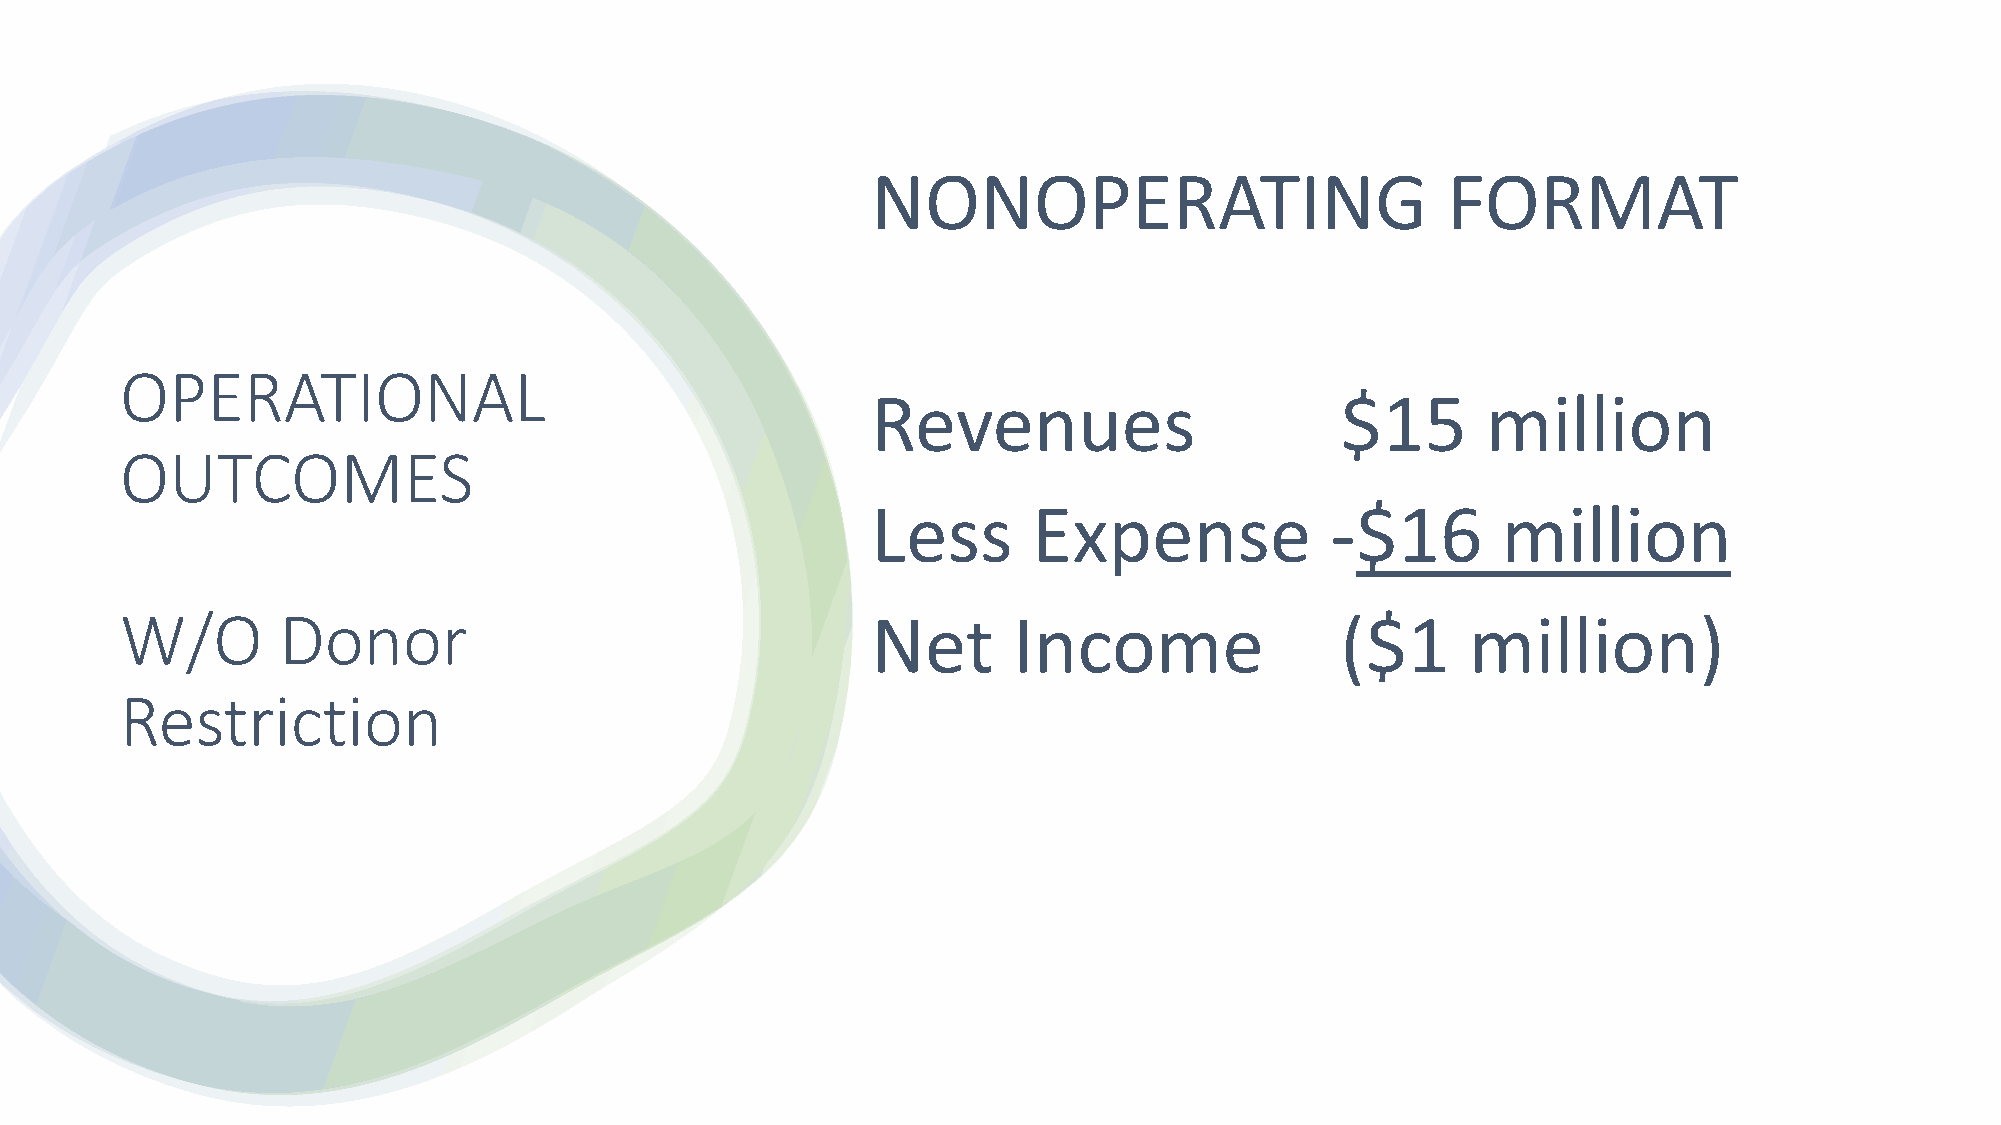
NONOPERATING                          FORMAT
 OPERATIONAL
 Revenues                       $15      million
 OUTCOMES
 Less      Expense             -$16       million
 W/O       Donor                                   Net      Income                ($1     million)
 Restriction